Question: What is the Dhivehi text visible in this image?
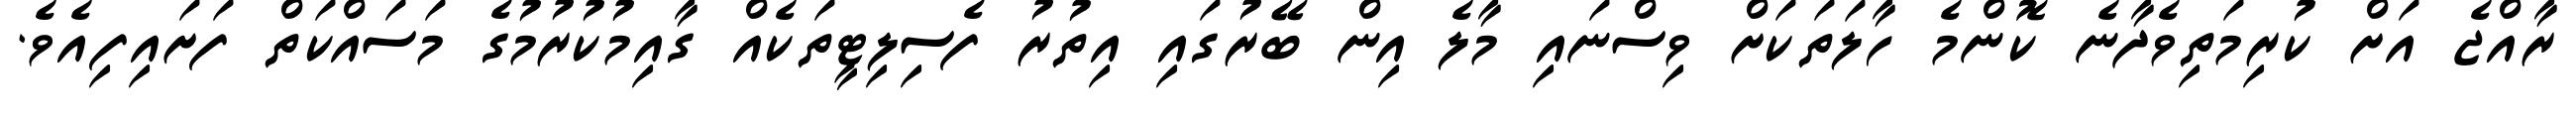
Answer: ރާއްޖެ އަށް ކުރިމަތިވެދާނެ ކޮންމެ ހާލަތަކަށް ވިސްނައި މާލެ އިން ބޭރުގައި އިތުރު ފެސިލިޓީތަކެއް ގާއިމުކުރުމުގެ މަސައްކަތް ފަށައިފިއެވެ.